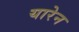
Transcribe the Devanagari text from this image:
यारेन